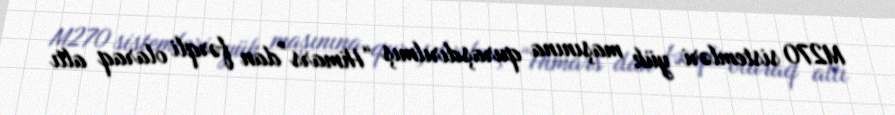
M270 sistemləri yük maşınına quraşdırılmış “Himars”dan fərqli olaraq altı